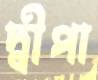
দ্বীপা